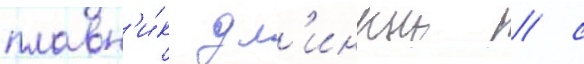
плавн'и́к дл'инныи / с